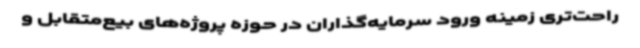
راحت‌تری زمینه ورود سرمایه‌گذاران در حوزه پروژه‌های بیع‌متقابل و